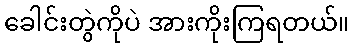
ခေါင်းတွဲကိုပဲ အားကိုးကြရတယ်။